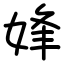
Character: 㛔